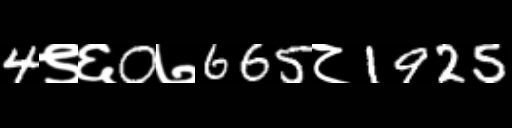
Text: 4९६0७665८1925